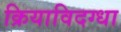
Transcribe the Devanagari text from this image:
क्रियाविदग्धा